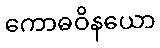
ကောဓဝိနယော